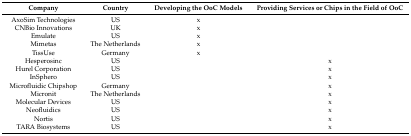
<table><thead><tr><td><b>Company</b></td><td><b>Country</b></td><td><b>Developing the OoC Models</b></td><td><b>Providing Services or Chips in the Field of OoC</b></td></tr></thead><tbody><tr><td>AxoSim Technologies</td><td>US</td><td>x</td><td></td></tr><tr><td>CNBio Innovations</td><td>UK</td><td>x</td><td></td></tr><tr><td>Emulate</td><td>US</td><td>x</td><td></td></tr><tr><td>Mimetas</td><td>The Netherlands</td><td>x</td><td></td></tr><tr><td>TissUse</td><td>Germany</td><td>x</td><td></td></tr><tr><td>Hesperosinc</td><td>US</td><td></td><td>x</td></tr><tr><td>Hurel Corporation</td><td>US</td><td></td><td>x</td></tr><tr><td>InSphero</td><td>US</td><td></td><td>x</td></tr><tr><td>Microfluidic Chipshop</td><td>Germany</td><td></td><td>x</td></tr><tr><td>Micronit</td><td>The Netherlands</td><td></td><td>x</td></tr><tr><td>Molecular Devices</td><td>US</td><td></td><td>x</td></tr><tr><td>Neofluidics</td><td>US</td><td></td><td>x</td></tr><tr><td>Nortis</td><td>US</td><td></td><td>x</td></tr><tr><td>TARA Biosystems</td><td>US</td><td></td><td>x</td></tr></tbody></table>